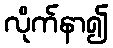
လိုက်နာ၍